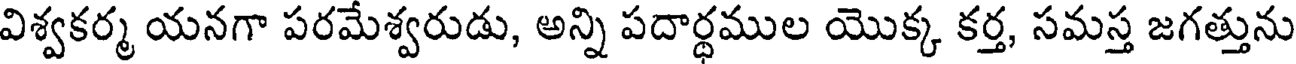
విశ్వకర్మ యనగా పరమేశ్వరుడు, అన్ని పదార్థముల యొక్క కర్త, సమస్త జగత్తును